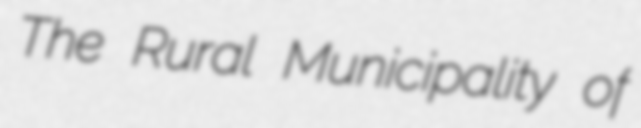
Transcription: The Rural Municipality of